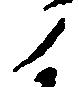
ノ